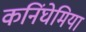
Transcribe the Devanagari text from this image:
कनिंघेमिया